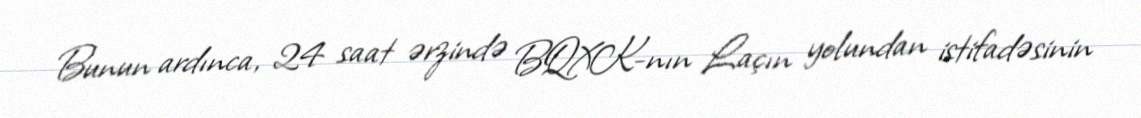
Bunun ardınca, 24 saat ərzində BQXK-nın Laçın yolundan istifadəsinin